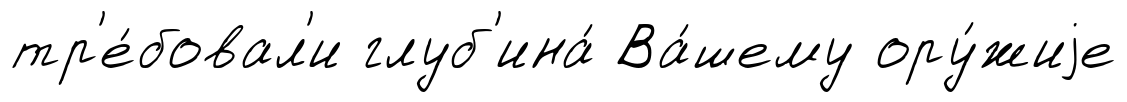
тр'е́бовал'и глуб'ина́ Ва́шему ору́жиjе